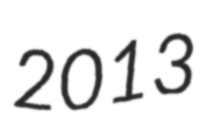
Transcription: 2013